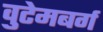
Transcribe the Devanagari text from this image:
वुटेमबर्ग